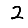
Digit: 2